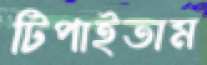
টিপাইতাম